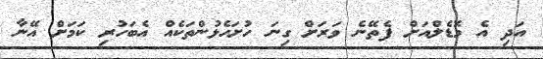
އަދި އެ މޮޑެލްއަށް ފެތޭނެ ވަރަށް ގިނަ ހުށަހެޅުންތަކެއް އެބަހުރި ކަމަށް އޭނާ